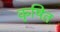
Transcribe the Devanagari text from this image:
कृषित